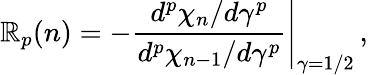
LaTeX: \mathbb{R}_{p}(n)=-\left.\frac{{d^{p}\chi_{n}/d\gamma^{p}}}{{d^{p}\chi_{n-1}/d\gamma^{p}}}\right|_{\gamma=1/2}\, ,